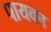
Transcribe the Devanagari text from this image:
पायका